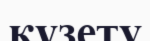
күзету